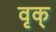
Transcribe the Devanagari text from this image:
वृक्